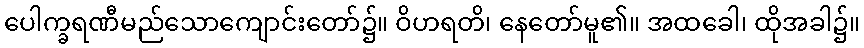
ပေါက္ခရဏီမည်သောကျောင်းတော်၌။ ဝိဟရတိ၊ နေတော်မူ၏။ အထခေါ၊ ထိုအခါ၌။